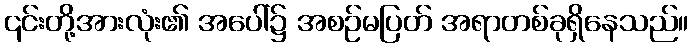
၎င်းတို့အားလုံး၏ အပေါ်၌ အစဉ်မပြတ် အရာတစ်ခုရှိနေသည်။